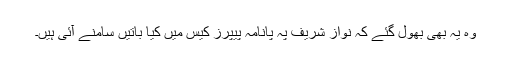
وہ یہ بھی بھول گئے کہ نواز شریف پہ پانامہ پیپرز کیس میں کیا باتیں سامنے آئی ہیں۔